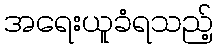
အရေးယူခံရသည့်